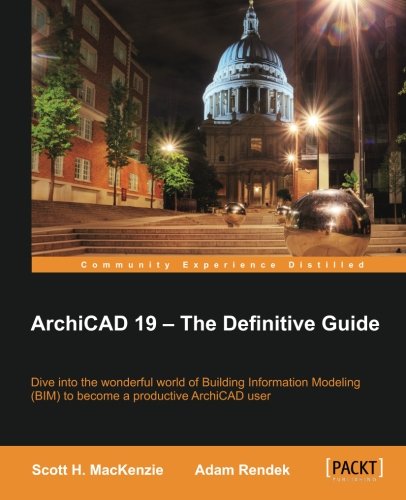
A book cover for ArchiCAD 19 - The Definitive Guide; Scott H. MacKenzie; Computers & Technology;